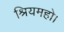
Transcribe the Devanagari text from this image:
श्रियमहो।